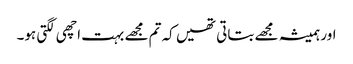
اور ہمیشہ مجھے بتاتی تھیں کہ تم مجھے بہت اچھی لگتی ہو۔